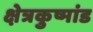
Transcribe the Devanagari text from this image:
क्षेत्रकुष्मांड